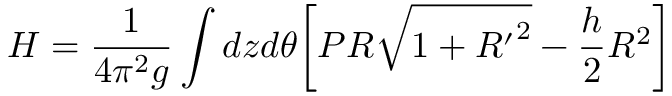
H = \frac { 1 } { 4 \pi ^ { 2 } g } \int d z d \theta \bigg [ P R \sqrt { 1 + { R ^ { \prime } } ^ { 2 } } - \frac { h } { 2 } R ^ { 2 } \bigg ]